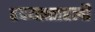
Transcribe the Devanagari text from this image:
हृदयस्ताहली